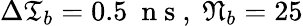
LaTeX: \Delta\mathfrak{T}_{b}=0.5\ \mathrm{~n~s~},\ \mathfrak{N}_{b}=25